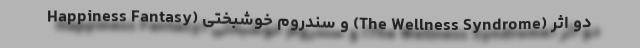
Happiness Fantasy) و سندروم خوشبختی (The Wellness Syndrome) دو اثر